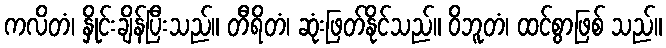
ကလိတံ၊ နှိုင်းချိန်ပြီးသည်။ တီရိတံ၊ ဆုံးဖြတ်နိုင်သည်။ ဝိဘူတံ၊ ထင်စွာဖြစ် သည်။